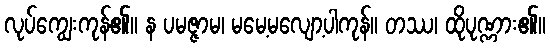
လုပ်ကျွေးကုန်၏။ န ပမဇ္ဇာမ၊ မမေ့မလျော့ပါကုန်။ တဿ၊ ထိုပုဏ္ဏား၏။